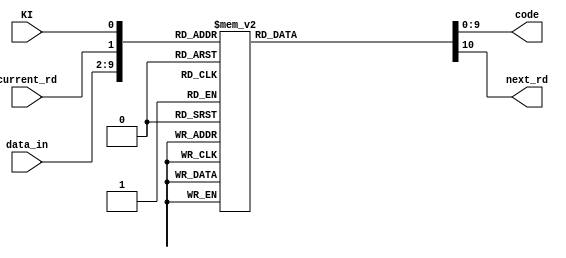

module data_rom (

	input  wire [7:0] data_in,
	input  wire       current_rd,
	input  wire       KI,
	output reg  [9:0] code,
	output reg        next_rd

);

	parameter same = 1'b0;
	parameter flip = 1'b1;

	always @(*) begin
		case ({data_in, current_rd, KI})
			10'b000_00000_0_0: begin code = 10'b100111_0100; next_rd = same; end
			10'b000_00000_1_0: begin code = 10'b011000_1011; next_rd = same; end
			10'b001_00000_0_0: begin code = 10'b100111_1001; next_rd = flip; end
			10'b001_00000_1_0: begin code = 10'b011000_1001; next_rd = flip; end
			10'b010_00000_0_0: begin code = 10'b100111_0101; next_rd = flip; end
			10'b010_00000_1_0: begin code = 10'b011000_0101; next_rd = flip; end
			10'b011_00000_0_0: begin code = 10'b100111_0011; next_rd = flip; end
			10'b011_00000_1_0: begin code = 10'b011000_1100; next_rd = flip; end
			10'b100_00000_0_0: begin code = 10'b100111_0010; next_rd = same; end
			10'b100_00000_1_0: begin code = 10'b011000_1101; next_rd = same; end
			10'b101_00000_0_0: begin code = 10'b100111_1010; next_rd = flip; end
			10'b101_00000_1_0: begin code = 10'b011000_1010; next_rd = flip; end
			10'b110_00000_0_0: begin code = 10'b100111_0110; next_rd = flip; end
			10'b110_00000_1_0: begin code = 10'b011000_0110; next_rd = flip; end
			10'b111_00000_0_0: begin code = 10'b100111_0001; next_rd = same; end
			10'b111_00000_1_0: begin code = 10'b011000_1110; next_rd = same; end
			10'b000_00001_0_0: begin code = 10'b011101_0100; next_rd = same; end
			10'b000_00001_1_0: begin code = 10'b100010_1011; next_rd = same; end
			10'b001_00001_0_0: begin code = 10'b011101_1001; next_rd = flip; end
			10'b001_00001_1_0: begin code = 10'b100010_1001; next_rd = flip; end
			10'b010_00001_0_0: begin code = 10'b011101_0101; next_rd = flip; end
			10'b010_00001_1_0: begin code = 10'b100010_0101; next_rd = flip; end
			10'b011_00001_0_0: begin code = 10'b011101_0011; next_rd = flip; end
			10'b011_00001_1_0: begin code = 10'b100010_1100; next_rd = flip; end
			10'b100_00001_0_0: begin code = 10'b011101_0010; next_rd = same; end
			10'b100_00001_1_0: begin code = 10'b100010_1101; next_rd = same; end
			10'b101_00001_0_0: begin code = 10'b011101_1010; next_rd = flip; end
			10'b101_00001_1_0: begin code = 10'b100010_1010; next_rd = flip; end
			10'b110_00001_0_0: begin code = 10'b011101_0110; next_rd = flip; end
			10'b110_00001_1_0: begin code = 10'b100010_0110; next_rd = flip; end
			10'b111_00001_0_0: begin code = 10'b011101_0001; next_rd = same; end
			10'b111_00001_1_0: begin code = 10'b100010_1110; next_rd = same; end
			10'b000_00010_0_0: begin code = 10'b101101_0100; next_rd = same; end
			10'b000_00010_1_0: begin code = 10'b010010_1011; next_rd = same; end
			10'b001_00010_0_0: begin code = 10'b101101_1001; next_rd = flip; end
			10'b001_00010_1_0: begin code = 10'b010010_1001; next_rd = flip; end
			10'b010_00010_0_0: begin code = 10'b101101_0101; next_rd = flip; end
			10'b010_00010_1_0: begin code = 10'b010010_0101; next_rd = flip; end
			10'b011_00010_0_0: begin code = 10'b101101_0011; next_rd = flip; end
			10'b011_00010_1_0: begin code = 10'b010010_1100; next_rd = flip; end
			10'b100_00010_0_0: begin code = 10'b101101_0010; next_rd = same; end
			10'b100_00010_1_0: begin code = 10'b010010_1101; next_rd = same; end
			10'b101_00010_0_0: begin code = 10'b101101_1010; next_rd = flip; end
			10'b101_00010_1_0: begin code = 10'b010010_1010; next_rd = flip; end
			10'b110_00010_0_0: begin code = 10'b101101_0110; next_rd = flip; end
			10'b110_00010_1_0: begin code = 10'b010010_0110; next_rd = flip; end
			10'b111_00010_0_0: begin code = 10'b101101_0001; next_rd = same; end
			10'b111_00010_1_0: begin code = 10'b010010_1110; next_rd = same; end
			10'b000_00011_0_0: begin code = 10'b110001_1011; next_rd = flip; end
			10'b000_00011_1_0: begin code = 10'b110001_0100; next_rd = flip; end
			10'b001_00011_0_0: begin code = 10'b110001_1001; next_rd = same; end
			10'b001_00011_1_0: begin code = 10'b110001_1001; next_rd = same; end
			10'b010_00011_0_0: begin code = 10'b110001_0101; next_rd = same; end
			10'b010_00011_1_0: begin code = 10'b110001_0101; next_rd = same; end
			10'b011_00011_0_0: begin code = 10'b110001_1100; next_rd = same; end
			10'b011_00011_1_0: begin code = 10'b110001_0011; next_rd = same; end
			10'b100_00011_0_0: begin code = 10'b110001_1101; next_rd = flip; end
			10'b100_00011_1_0: begin code = 10'b110001_0010; next_rd = flip; end
			10'b101_00011_0_0: begin code = 10'b110001_1010; next_rd = same; end
			10'b101_00011_1_0: begin code = 10'b110001_1010; next_rd = same; end
			10'b110_00011_0_0: begin code = 10'b110001_0110; next_rd = same; end
			10'b110_00011_1_0: begin code = 10'b110001_0110; next_rd = same; end
			10'b111_00011_0_0: begin code = 10'b110001_1110; next_rd = flip; end
			10'b111_00011_1_0: begin code = 10'b110001_0001; next_rd = flip; end
			10'b000_00100_0_0: begin code = 10'b110101_0100; next_rd = same; end
			10'b000_00100_1_0: begin code = 10'b001010_1011; next_rd = same; end
			10'b001_00100_0_0: begin code = 10'b110101_1001; next_rd = flip; end
			10'b001_00100_1_0: begin code = 10'b001010_1001; next_rd = flip; end
			10'b010_00100_0_0: begin code = 10'b110101_0101; next_rd = flip; end
			10'b010_00100_1_0: begin code = 10'b001010_0101; next_rd = flip; end
			10'b011_00100_0_0: begin code = 10'b110101_0011; next_rd = flip; end
			10'b011_00100_1_0: begin code = 10'b001010_1100; next_rd = flip; end
			10'b100_00100_0_0: begin code = 10'b110101_0010; next_rd = same; end
			10'b100_00100_1_0: begin code = 10'b001010_1101; next_rd = same; end
			10'b101_00100_0_0: begin code = 10'b110101_1010; next_rd = flip; end
			10'b101_00100_1_0: begin code = 10'b001010_1010; next_rd = flip; end
			10'b110_00100_0_0: begin code = 10'b110101_0110; next_rd = flip; end
			10'b110_00100_1_0: begin code = 10'b001010_0110; next_rd = flip; end
			10'b111_00100_0_0: begin code = 10'b110101_0001; next_rd = same; end
			10'b111_00100_1_0: begin code = 10'b001010_1110; next_rd = same; end
			10'b000_00101_0_0: begin code = 10'b101001_1011; next_rd = flip; end
			10'b000_00101_1_0: begin code = 10'b101001_0100; next_rd = flip; end
			10'b001_00101_0_0: begin code = 10'b101001_1001; next_rd = same; end
			10'b001_00101_1_0: begin code = 10'b101001_1001; next_rd = same; end
			10'b010_00101_0_0: begin code = 10'b101001_0101; next_rd = same; end
			10'b010_00101_1_0: begin code = 10'b101001_0101; next_rd = same; end
			10'b011_00101_0_0: begin code = 10'b101001_1100; next_rd = same; end
			10'b011_00101_1_0: begin code = 10'b101001_0011; next_rd = same; end
			10'b100_00101_0_0: begin code = 10'b101001_1101; next_rd = flip; end
			10'b100_00101_1_0: begin code = 10'b101001_0010; next_rd = flip; end
			10'b101_00101_0_0: begin code = 10'b101001_1010; next_rd = same; end
			10'b101_00101_1_0: begin code = 10'b101001_1010; next_rd = same; end
			10'b110_00101_0_0: begin code = 10'b101001_0110; next_rd = same; end
			10'b110_00101_1_0: begin code = 10'b101001_0110; next_rd = same; end
			10'b111_00101_0_0: begin code = 10'b101001_1110; next_rd = flip; end
			10'b111_00101_1_0: begin code = 10'b101001_0001; next_rd = flip; end
			10'b000_00110_0_0: begin code = 10'b011001_1011; next_rd = flip; end
			10'b000_00110_1_0: begin code = 10'b011001_0100; next_rd = flip; end
			10'b001_00110_0_0: begin code = 10'b011001_1001; next_rd = same; end
			10'b001_00110_1_0: begin code = 10'b011001_1001; next_rd = same; end
			10'b010_00110_0_0: begin code = 10'b011001_0101; next_rd = same; end
			10'b010_00110_1_0: begin code = 10'b011001_0101; next_rd = same; end
			10'b011_00110_0_0: begin code = 10'b011001_1100; next_rd = same; end
			10'b011_00110_1_0: begin code = 10'b011001_0011; next_rd = same; end
			10'b100_00110_0_0: begin code = 10'b011001_1101; next_rd = flip; end
			10'b100_00110_1_0: begin code = 10'b011001_0010; next_rd = flip; end
			10'b101_00110_0_0: begin code = 10'b011001_1010; next_rd = same; end
			10'b101_00110_1_0: begin code = 10'b011001_1010; next_rd = same; end
			10'b110_00110_0_0: begin code = 10'b011001_0110; next_rd = same; end
			10'b110_00110_1_0: begin code = 10'b011001_0110; next_rd = same; end
			10'b111_00110_0_0: begin code = 10'b011001_1110; next_rd = flip; end
			10'b111_00110_1_0: begin code = 10'b011001_0001; next_rd = flip; end
			10'b000_00111_0_0: begin code = 10'b111000_1011; next_rd = flip; end
			10'b000_00111_1_0: begin code = 10'b000111_0100; next_rd = flip; end
			10'b001_00111_0_0: begin code = 10'b111000_1001; next_rd = same; end
			10'b001_00111_1_0: begin code = 10'b000111_1001; next_rd = same; end
			10'b010_00111_0_0: begin code = 10'b111000_0101; next_rd = same; end
			10'b010_00111_1_0: begin code = 10'b000111_0101; next_rd = same; end
			10'b011_00111_0_0: begin code = 10'b111000_1100; next_rd = same; end
			10'b011_00111_1_0: begin code = 10'b000111_0011; next_rd = same; end
			10'b100_00111_0_0: begin code = 10'b111000_1101; next_rd = flip; end
			10'b100_00111_1_0: begin code = 10'b000111_0010; next_rd = flip; end
			10'b101_00111_0_0: begin code = 10'b111000_1010; next_rd = same; end
			10'b101_00111_1_0: begin code = 10'b000111_1010; next_rd = same; end
			10'b110_00111_0_0: begin code = 10'b111000_0110; next_rd = same; end
			10'b110_00111_1_0: begin code = 10'b000111_0110; next_rd = same; end
			10'b111_00111_0_0: begin code = 10'b111000_1110; next_rd = flip; end
			10'b111_00111_1_0: begin code = 10'b000111_0001; next_rd = flip; end
			10'b000_01000_0_0: begin code = 10'b111001_0100; next_rd = same; end
			10'b000_01000_1_0: begin code = 10'b000110_1011; next_rd = same; end
			10'b001_01000_0_0: begin code = 10'b111001_1001; next_rd = flip; end
			10'b001_01000_1_0: begin code = 10'b000110_1001; next_rd = flip; end
			10'b010_01000_0_0: begin code = 10'b111001_0101; next_rd = flip; end
			10'b010_01000_1_0: begin code = 10'b000110_0101; next_rd = flip; end
			10'b011_01000_0_0: begin code = 10'b111001_0011; next_rd = flip; end
			10'b011_01000_1_0: begin code = 10'b000110_1100; next_rd = flip; end
			10'b100_01000_0_0: begin code = 10'b111001_0010; next_rd = same; end
			10'b100_01000_1_0: begin code = 10'b000110_1101; next_rd = same; end
			10'b101_01000_0_0: begin code = 10'b111001_1010; next_rd = flip; end
			10'b101_01000_1_0: begin code = 10'b000110_1010; next_rd = flip; end
			10'b110_01000_0_0: begin code = 10'b111001_0110; next_rd = flip; end
			10'b110_01000_1_0: begin code = 10'b000110_0110; next_rd = flip; end
			10'b111_01000_0_0: begin code = 10'b111001_0001; next_rd = same; end
			10'b111_01000_1_0: begin code = 10'b000110_1110; next_rd = same; end
			10'b000_01001_0_0: begin code = 10'b100101_1011; next_rd = flip; end
			10'b000_01001_1_0: begin code = 10'b100101_0100; next_rd = flip; end
			10'b001_01001_0_0: begin code = 10'b100101_1001; next_rd = same; end
			10'b001_01001_1_0: begin code = 10'b100101_1001; next_rd = same; end
			10'b010_01001_0_0: begin code = 10'b100101_0101; next_rd = same; end
			10'b010_01001_1_0: begin code = 10'b100101_0101; next_rd = same; end
			10'b011_01001_0_0: begin code = 10'b100101_1100; next_rd = same; end
			10'b011_01001_1_0: begin code = 10'b100101_0011; next_rd = same; end
			10'b100_01001_0_0: begin code = 10'b100101_1101; next_rd = flip; end
			10'b100_01001_1_0: begin code = 10'b100101_0010; next_rd = flip; end
			10'b101_01001_0_0: begin code = 10'b100101_1010; next_rd = same; end
			10'b101_01001_1_0: begin code = 10'b100101_1010; next_rd = same; end
			10'b110_01001_0_0: begin code = 10'b100101_0110; next_rd = same; end
			10'b110_01001_1_0: begin code = 10'b100101_0110; next_rd = same; end
			10'b111_01001_0_0: begin code = 10'b100101_1110; next_rd = flip; end
			10'b111_01001_1_0: begin code = 10'b100101_0001; next_rd = flip; end
			10'b000_01010_0_0: begin code = 10'b010101_1011; next_rd = flip; end
			10'b000_01010_1_0: begin code = 10'b010101_0100; next_rd = flip; end
			10'b001_01010_0_0: begin code = 10'b010101_1001; next_rd = same; end
			10'b001_01010_1_0: begin code = 10'b010101_1001; next_rd = same; end
			10'b010_01010_0_0: begin code = 10'b010101_0101; next_rd = same; end
			10'b010_01010_1_0: begin code = 10'b010101_0101; next_rd = same; end
			10'b011_01010_0_0: begin code = 10'b010101_1100; next_rd = same; end
			10'b011_01010_1_0: begin code = 10'b010101_0011; next_rd = same; end
			10'b100_01010_0_0: begin code = 10'b010101_1101; next_rd = flip; end
			10'b100_01010_1_0: begin code = 10'b010101_0010; next_rd = flip; end
			10'b101_01010_0_0: begin code = 10'b010101_1010; next_rd = same; end
			10'b101_01010_1_0: begin code = 10'b010101_1010; next_rd = same; end
			10'b110_01010_0_0: begin code = 10'b010101_0110; next_rd = same; end
			10'b110_01010_1_0: begin code = 10'b010101_0110; next_rd = same; end
			10'b111_01010_0_0: begin code = 10'b010101_1110; next_rd = flip; end
			10'b111_01010_1_0: begin code = 10'b010101_0001; next_rd = flip; end
			10'b000_01011_0_0: begin code = 10'b110100_1011; next_rd = flip; end
			10'b000_01011_1_0: begin code = 10'b110100_0100; next_rd = flip; end
			10'b001_01011_0_0: begin code = 10'b110100_1001; next_rd = same; end
			10'b001_01011_1_0: begin code = 10'b110100_1001; next_rd = same; end
			10'b010_01011_0_0: begin code = 10'b110100_0101; next_rd = same; end
			10'b010_01011_1_0: begin code = 10'b110100_0101; next_rd = same; end
			10'b011_01011_0_0: begin code = 10'b110100_1100; next_rd = same; end
			10'b011_01011_1_0: begin code = 10'b110100_0011; next_rd = same; end
			10'b100_01011_0_0: begin code = 10'b110100_1101; next_rd = flip; end
			10'b100_01011_1_0: begin code = 10'b110100_0010; next_rd = flip; end
			10'b101_01011_0_0: begin code = 10'b110100_1010; next_rd = same; end
			10'b101_01011_1_0: begin code = 10'b110100_1010; next_rd = same; end
			10'b110_01011_0_0: begin code = 10'b110100_0110; next_rd = same; end
			10'b110_01011_1_0: begin code = 10'b110100_0110; next_rd = same; end
			10'b111_01011_0_0: begin code = 10'b110100_1110; next_rd = flip; end
			10'b111_01011_1_0: begin code = 10'b110100_1000; next_rd = flip; end
			10'b000_10000_0_0: begin code = 10'b011011_0100; next_rd = same; end
			10'b000_10000_1_0: begin code = 10'b100100_1011; next_rd = same; end
			10'b001_10000_0_0: begin code = 10'b011011_1001; next_rd = flip; end
			10'b001_10000_1_0: begin code = 10'b100100_1001; next_rd = flip; end
			10'b010_10000_0_0: begin code = 10'b011011_0101; next_rd = flip; end
			10'b010_10000_1_0: begin code = 10'b100100_0101; next_rd = flip; end
			10'b011_10000_0_0: begin code = 10'b011011_0011; next_rd = flip; end
			10'b011_10000_1_0: begin code = 10'b100100_1100; next_rd = flip; end
			10'b100_10000_0_0: begin code = 10'b011011_0010; next_rd = same; end
			10'b100_10000_1_0: begin code = 10'b100100_1101; next_rd = same; end
			10'b101_10000_0_0: begin code = 10'b011011_1010; next_rd = flip; end
			10'b101_10000_1_0: begin code = 10'b100100_1010; next_rd = flip; end
			10'b110_10000_0_0: begin code = 10'b011011_0110; next_rd = flip; end
			10'b110_10000_1_0: begin code = 10'b100100_0110; next_rd = flip; end
			10'b111_10000_0_0: begin code = 10'b011011_0001; next_rd = same; end
			10'b111_10000_1_0: begin code = 10'b100100_1110; next_rd = same; end
			10'b000_10001_0_0: begin code = 10'b100011_1011; next_rd = flip; end
			10'b000_10001_1_0: begin code = 10'b100011_0100; next_rd = flip; end
			10'b001_10001_0_0: begin code = 10'b100011_1001; next_rd = same; end
			10'b001_10001_1_0: begin code = 10'b100011_1001; next_rd = same; end
			10'b010_10001_0_0: begin code = 10'b100011_0101; next_rd = same; end
			10'b010_10001_1_0: begin code = 10'b100011_0101; next_rd = same; end
			10'b011_10001_0_0: begin code = 10'b100011_1100; next_rd = same; end
			10'b011_10001_1_0: begin code = 10'b100011_0011; next_rd = same; end
			10'b100_10001_0_0: begin code = 10'b100011_1101; next_rd = flip; end
			10'b100_10001_1_0: begin code = 10'b100011_0010; next_rd = flip; end
			10'b101_10001_0_0: begin code = 10'b100011_1010; next_rd = same; end
			10'b101_10001_1_0: begin code = 10'b100011_1010; next_rd = same; end
			10'b110_10001_0_0: begin code = 10'b100011_0110; next_rd = same; end
			10'b110_10001_1_0: begin code = 10'b100011_0110; next_rd = same; end
			10'b111_10001_0_0: begin code = 10'b100011_0111; next_rd = flip; end
			10'b111_10001_1_0: begin code = 10'b100011_0001; next_rd = flip; end
			10'b000_10010_0_0: begin code = 10'b010011_1011; next_rd = flip; end
			10'b000_10010_1_0: begin code = 10'b010011_0100; next_rd = flip; end
			10'b001_10010_0_0: begin code = 10'b010011_1001; next_rd = same; end
			10'b001_10010_1_0: begin code = 10'b010011_1001; next_rd = same; end
			10'b010_10010_0_0: begin code = 10'b010011_0101; next_rd = same; end
			10'b010_10010_1_0: begin code = 10'b010011_0101; next_rd = same; end
			10'b011_10010_0_0: begin code = 10'b010011_1100; next_rd = same; end
			10'b011_10010_1_0: begin code = 10'b010011_0011; next_rd = same; end
			10'b100_10010_0_0: begin code = 10'b010011_1101; next_rd = flip; end
			10'b100_10010_1_0: begin code = 10'b010011_0010; next_rd = flip; end
			10'b101_10010_0_0: begin code = 10'b010011_1010; next_rd = same; end
			10'b101_10010_1_0: begin code = 10'b010011_1010; next_rd = same; end
			10'b110_10010_0_0: begin code = 10'b010011_0110; next_rd = same; end
			10'b110_10010_1_0: begin code = 10'b010011_0110; next_rd = same; end
			10'b111_10010_0_0: begin code = 10'b010011_0111; next_rd = flip; end
			10'b111_10010_1_0: begin code = 10'b010011_0001; next_rd = flip; end
			10'b000_10011_0_0: begin code = 10'b110010_1011; next_rd = flip; end
			10'b000_10011_1_0: begin code = 10'b110010_0100; next_rd = flip; end
			10'b001_10011_0_0: begin code = 10'b110010_1001; next_rd = same; end
			10'b001_10011_1_0: begin code = 10'b110010_1001; next_rd = same; end
			10'b010_10011_0_0: begin code = 10'b110010_0101; next_rd = same; end
			10'b010_10011_1_0: begin code = 10'b110010_0101; next_rd = same; end
			10'b011_10011_0_0: begin code = 10'b110010_1100; next_rd = same; end
			10'b011_10011_1_0: begin code = 10'b110010_0011; next_rd = same; end
			10'b100_10011_0_0: begin code = 10'b110010_1101; next_rd = flip; end
			10'b100_10011_1_0: begin code = 10'b110010_0010; next_rd = flip; end
			10'b101_10011_0_0: begin code = 10'b110010_1010; next_rd = same; end
			10'b101_10011_1_0: begin code = 10'b110010_1010; next_rd = same; end
			10'b110_10011_0_0: begin code = 10'b110010_0110; next_rd = same; end
			10'b110_10011_1_0: begin code = 10'b110010_0110; next_rd = same; end
			10'b111_10011_0_0: begin code = 10'b110010_1110; next_rd = flip; end
			10'b111_10011_1_0: begin code = 10'b110010_0001; next_rd = flip; end
			10'b000_11000_0_0: begin code = 10'b110011_0100; next_rd = same; end
			10'b000_11000_1_0: begin code = 10'b001100_1011; next_rd = same; end
			10'b001_11000_0_0: begin code = 10'b110011_1001; next_rd = flip; end
			10'b001_11000_1_0: begin code = 10'b001100_1001; next_rd = flip; end
			10'b010_11000_0_0: begin code = 10'b110011_0101; next_rd = flip; end
			10'b010_11000_1_0: begin code = 10'b001100_0101; next_rd = flip; end
			10'b011_11000_0_0: begin code = 10'b110011_0011; next_rd = flip; end
			10'b011_11000_1_0: begin code = 10'b001100_1100; next_rd = flip; end
			10'b100_11000_0_0: begin code = 10'b110011_0010; next_rd = same; end
			10'b100_11000_1_0: begin code = 10'b001100_1101; next_rd = same; end
			10'b101_11000_0_0: begin code = 10'b110011_1010; next_rd = flip; end
			10'b101_11000_1_0: begin code = 10'b001100_1010; next_rd = flip; end
			10'b110_11000_0_0: begin code = 10'b110011_0110; next_rd = flip; end
			10'b110_11000_1_0: begin code = 10'b001100_0110; next_rd = flip; end
			10'b111_11000_0_0: begin code = 10'b110011_0001; next_rd = same; end
			10'b111_11000_1_0: begin code = 10'b001100_1110; next_rd = same; end
			10'b000_11001_0_0: begin code = 10'b100110_1011; next_rd = flip; end
			10'b000_11001_1_0: begin code = 10'b100110_0100; next_rd = flip; end
			10'b001_11001_0_0: begin code = 10'b100110_1001; next_rd = same; end
			10'b001_11001_1_0: begin code = 10'b100110_1001; next_rd = same; end
			10'b010_11001_0_0: begin code = 10'b100110_0101; next_rd = same; end
			10'b010_11001_1_0: begin code = 10'b100110_0101; next_rd = same; end
			10'b011_11001_0_0: begin code = 10'b100110_1100; next_rd = same; end
			10'b011_11001_1_0: begin code = 10'b100110_0011; next_rd = same; end
			10'b100_11001_0_0: begin code = 10'b100110_1101; next_rd = flip; end
			10'b100_11001_1_0: begin code = 10'b100110_0010; next_rd = flip; end
			10'b101_11001_0_0: begin code = 10'b100110_1010; next_rd = same; end
			10'b101_11001_1_0: begin code = 10'b100110_1010; next_rd = same; end
			10'b110_11001_0_0: begin code = 10'b100110_0110; next_rd = same; end
			10'b110_11001_1_0: begin code = 10'b100110_0110; next_rd = same; end
			10'b111_11001_0_0: begin code = 10'b100110_1110; next_rd = flip; end
			10'b111_11001_1_0: begin code = 10'b100110_0001; next_rd = flip; end
			10'b000_11010_0_0: begin code = 10'b010110_1011; next_rd = flip; end
			10'b000_11010_1_0: begin code = 10'b010110_0100; next_rd = flip; end
			10'b001_11010_0_0: begin code = 10'b010110_1001; next_rd = same; end
			10'b001_11010_1_0: begin code = 10'b010110_1001; next_rd = same; end
			10'b010_11010_0_0: begin code = 10'b010110_0101; next_rd = same; end
			10'b010_11010_1_0: begin code = 10'b010110_0101; next_rd = same; end
			10'b011_11010_0_0: begin code = 10'b010110_1100; next_rd = same; end
			10'b011_11010_1_0: begin code = 10'b010110_0011; next_rd = same; end
			10'b100_11010_0_0: begin code = 10'b010110_1101; next_rd = flip; end
			10'b100_11010_1_0: begin code = 10'b010110_0010; next_rd = flip; end
			10'b101_11010_0_0: begin code = 10'b010110_1010; next_rd = same; end
			10'b101_11010_1_0: begin code = 10'b010110_1010; next_rd = same; end
			10'b110_11010_0_0: begin code = 10'b010110_0110; next_rd = same; end
			10'b110_11010_1_0: begin code = 10'b010110_0110; next_rd = same; end
			10'b111_11010_0_0: begin code = 10'b010110_1110; next_rd = flip; end
			10'b111_11010_1_0: begin code = 10'b010110_0001; next_rd = flip; end
			10'b000_11011_0_0: begin code = 10'b110110_0100; next_rd = same; end
			10'b000_11011_1_0: begin code = 10'b001001_1011; next_rd = same; end
			10'b001_11011_0_0: begin code = 10'b110110_1001; next_rd = flip; end
			10'b001_11011_1_0: begin code = 10'b001001_1001; next_rd = flip; end
			10'b010_11011_0_0: begin code = 10'b110110_0101; next_rd = flip; end
			10'b010_11011_1_0: begin code = 10'b001001_0101; next_rd = flip; end
			10'b011_11011_0_0: begin code = 10'b110110_0011; next_rd = flip; end
			10'b011_11011_1_0: begin code = 10'b001001_1100; next_rd = flip; end
			10'b100_11011_0_0: begin code = 10'b110110_0010; next_rd = same; end
			10'b100_11011_1_0: begin code = 10'b001001_1101; next_rd = same; end
			10'b101_11011_0_0: begin code = 10'b110110_1010; next_rd = flip; end
			10'b101_11011_1_0: begin code = 10'b001001_1010; next_rd = flip; end
			10'b110_11011_0_0: begin code = 10'b110110_0110; next_rd = flip; end
			10'b110_11011_1_0: begin code = 10'b001001_0110; next_rd = flip; end
			10'b111_11011_0_0: begin code = 10'b110110_0001; next_rd = same; end
			10'b111_11011_1_0: begin code = 10'b001001_1110; next_rd = same; end
			10'b000_01100_0_0: begin code = 10'b001101_1011; next_rd = flip; end
			10'b000_01100_1_0: begin code = 10'b001101_0100; next_rd = flip; end
			10'b001_01100_0_0: begin code = 10'b001101_1001; next_rd = same; end
			10'b001_01100_1_0: begin code = 10'b001101_1001; next_rd = same; end
			10'b010_01100_0_0: begin code = 10'b001101_0101; next_rd = same; end
			10'b010_01100_1_0: begin code = 10'b001101_0101; next_rd = same; end
			10'b011_01100_0_0: begin code = 10'b001101_1100; next_rd = same; end
			10'b011_01100_1_0: begin code = 10'b001101_0011; next_rd = same; end
			10'b100_01100_0_0: begin code = 10'b001101_1101; next_rd = flip; end
			10'b100_01100_1_0: begin code = 10'b001101_0010; next_rd = flip; end
			10'b101_01100_0_0: begin code = 10'b001101_1010; next_rd = same; end
			10'b101_01100_1_0: begin code = 10'b001101_1010; next_rd = same; end
			10'b110_01100_0_0: begin code = 10'b001101_0110; next_rd = same; end
			10'b110_01100_1_0: begin code = 10'b001101_0110; next_rd = same; end
			10'b111_01100_0_0: begin code = 10'b001101_1110; next_rd = flip; end
			10'b111_01100_1_0: begin code = 10'b001101_0001; next_rd = flip; end
			10'b000_01101_0_0: begin code = 10'b101100_1011; next_rd = flip; end
			10'b000_01101_1_0: begin code = 10'b101100_0100; next_rd = flip; end
			10'b001_01101_0_0: begin code = 10'b101100_1001; next_rd = same; end
			10'b001_01101_1_0: begin code = 10'b101100_1001; next_rd = same; end
			10'b010_01101_0_0: begin code = 10'b101100_0101; next_rd = same; end
			10'b010_01101_1_0: begin code = 10'b101100_0101; next_rd = same; end
			10'b011_01101_0_0: begin code = 10'b101100_1100; next_rd = same; end
			10'b011_01101_1_0: begin code = 10'b101100_0011; next_rd = same; end
			10'b100_01101_0_0: begin code = 10'b101100_1101; next_rd = flip; end
			10'b100_01101_1_0: begin code = 10'b101100_0010; next_rd = flip; end
			10'b101_01101_0_0: begin code = 10'b101100_1010; next_rd = same; end
			10'b101_01101_1_0: begin code = 10'b101100_1010; next_rd = same; end
			10'b110_01101_0_0: begin code = 10'b101100_0110; next_rd = same; end
			10'b110_01101_1_0: begin code = 10'b101100_0110; next_rd = same; end
			10'b111_01101_0_0: begin code = 10'b101100_1110; next_rd = flip; end
			10'b111_01101_1_0: begin code = 10'b101100_1000; next_rd = flip; end
			10'b000_01110_0_0: begin code = 10'b011100_1011; next_rd = flip; end
			10'b000_01110_1_0: begin code = 10'b011100_0100; next_rd = flip; end
			10'b001_01110_0_0: begin code = 10'b011100_1001; next_rd = same; end
			10'b001_01110_1_0: begin code = 10'b011100_1001; next_rd = same; end
			10'b010_01110_0_0: begin code = 10'b011100_0101; next_rd = same; end
			10'b010_01110_1_0: begin code = 10'b011100_0101; next_rd = same; end
			10'b011_01110_0_0: begin code = 10'b011100_1100; next_rd = same; end
			10'b011_01110_1_0: begin code = 10'b011100_0011; next_rd = same; end
			10'b100_01110_0_0: begin code = 10'b011100_1101; next_rd = flip; end
			10'b100_01110_1_0: begin code = 10'b011100_0010; next_rd = flip; end
			10'b101_01110_0_0: begin code = 10'b011100_1010; next_rd = same; end
			10'b101_01110_1_0: begin code = 10'b011100_1010; next_rd = same; end
			10'b110_01110_0_0: begin code = 10'b011100_0110; next_rd = same; end
			10'b110_01110_1_0: begin code = 10'b011100_0110; next_rd = same; end
			10'b111_01110_0_0: begin code = 10'b011100_1110; next_rd = flip; end
			10'b111_01110_1_0: begin code = 10'b011100_1000; next_rd = flip; end
			10'b000_01111_0_0: begin code = 10'b010111_0100; next_rd = same; end
			10'b000_01111_1_0: begin code = 10'b101000_1011; next_rd = same; end
			10'b001_01111_0_0: begin code = 10'b010111_1001; next_rd = flip; end
			10'b001_01111_1_0: begin code = 10'b101000_1001; next_rd = flip; end
			10'b010_01111_0_0: begin code = 10'b010111_0101; next_rd = flip; end
			10'b010_01111_1_0: begin code = 10'b101000_0101; next_rd = flip; end
			10'b011_01111_0_0: begin code = 10'b010111_0011; next_rd = flip; end
			10'b011_01111_1_0: begin code = 10'b101000_1100; next_rd = flip; end
			10'b100_01111_0_0: begin code = 10'b010111_0010; next_rd = same; end
			10'b100_01111_1_0: begin code = 10'b101000_1101; next_rd = same; end
			10'b101_01111_0_0: begin code = 10'b010111_1010; next_rd = flip; end
			10'b101_01111_1_0: begin code = 10'b101000_1010; next_rd = flip; end
			10'b110_01111_0_0: begin code = 10'b010111_0110; next_rd = flip; end
			10'b110_01111_1_0: begin code = 10'b101000_0110; next_rd = flip; end
			10'b111_01111_0_0: begin code = 10'b010111_0001; next_rd = same; end
			10'b111_01111_1_0: begin code = 10'b101000_1110; next_rd = same; end
			10'b000_10100_0_0: begin code = 10'b001011_1011; next_rd = flip; end
			10'b000_10100_1_0: begin code = 10'b001011_0100; next_rd = flip; end
			10'b001_10100_0_0: begin code = 10'b001011_1001; next_rd = same; end
			10'b001_10100_1_0: begin code = 10'b001011_1001; next_rd = same; end
			10'b010_10100_0_0: begin code = 10'b001011_0101; next_rd = same; end
			10'b010_10100_1_0: begin code = 10'b001011_0101; next_rd = same; end
			10'b011_10100_0_0: begin code = 10'b001011_1100; next_rd = same; end
			10'b011_10100_1_0: begin code = 10'b001011_0011; next_rd = same; end
			10'b100_10100_0_0: begin code = 10'b001011_1101; next_rd = flip; end
			10'b100_10100_1_0: begin code = 10'b001011_0010; next_rd = flip; end
			10'b101_10100_0_0: begin code = 10'b001011_1010; next_rd = same; end
			10'b101_10100_1_0: begin code = 10'b001011_1010; next_rd = same; end
			10'b110_10100_0_0: begin code = 10'b001011_0110; next_rd = same; end
			10'b110_10100_1_0: begin code = 10'b001011_0110; next_rd = same; end
			10'b111_10100_0_0: begin code = 10'b001011_0111; next_rd = flip; end
			10'b111_10100_1_0: begin code = 10'b001011_0001; next_rd = flip; end
			10'b000_10101_0_0: begin code = 10'b101010_1011; next_rd = flip; end
			10'b000_10101_1_0: begin code = 10'b101010_0100; next_rd = flip; end
			10'b001_10101_0_0: begin code = 10'b101010_1001; next_rd = same; end
			10'b001_10101_1_0: begin code = 10'b101010_1001; next_rd = same; end
			10'b010_10101_0_0: begin code = 10'b101010_0101; next_rd = same; end
			10'b010_10101_1_0: begin code = 10'b101010_0101; next_rd = same; end
			10'b011_10101_0_0: begin code = 10'b101010_1100; next_rd = same; end
			10'b011_10101_1_0: begin code = 10'b101010_0011; next_rd = same; end
			10'b100_10101_0_0: begin code = 10'b101010_1101; next_rd = flip; end
			10'b100_10101_1_0: begin code = 10'b101010_0010; next_rd = flip; end
			10'b101_10101_0_0: begin code = 10'b101010_1010; next_rd = same; end
			10'b101_10101_1_0: begin code = 10'b101010_1010; next_rd = same; end
			10'b110_10101_0_0: begin code = 10'b101010_0110; next_rd = same; end
			10'b110_10101_1_0: begin code = 10'b101010_0110; next_rd = same; end
			10'b111_10101_0_0: begin code = 10'b101010_1110; next_rd = flip; end
			10'b111_10101_1_0: begin code = 10'b101010_0001; next_rd = flip; end
			10'b000_10110_0_0: begin code = 10'b011010_1011; next_rd = flip; end
			10'b000_10110_1_0: begin code = 10'b011010_0100; next_rd = flip; end
			10'b001_10110_0_0: begin code = 10'b011010_1001; next_rd = same; end
			10'b001_10110_1_0: begin code = 10'b011010_1001; next_rd = same; end
			10'b010_10110_0_0: begin code = 10'b011010_0101; next_rd = same; end
			10'b010_10110_1_0: begin code = 10'b011010_0101; next_rd = same; end
			10'b011_10110_0_0: begin code = 10'b011010_1100; next_rd = same; end
			10'b011_10110_1_0: begin code = 10'b011010_0011; next_rd = same; end
			10'b100_10110_0_0: begin code = 10'b011010_1101; next_rd = flip; end
			10'b100_10110_1_0: begin code = 10'b011010_0010; next_rd = flip; end
			10'b101_10110_0_0: begin code = 10'b011010_1010; next_rd = same; end
			10'b101_10110_1_0: begin code = 10'b011010_1010; next_rd = same; end
			10'b110_10110_0_0: begin code = 10'b011010_0110; next_rd = same; end
			10'b110_10110_1_0: begin code = 10'b011010_0110; next_rd = same; end
			10'b111_10110_0_0: begin code = 10'b011010_1110; next_rd = flip; end
			10'b111_10110_1_0: begin code = 10'b011010_0001; next_rd = flip; end
			10'b000_10111_0_0: begin code = 10'b111010_0100; next_rd = same; end
			10'b000_10111_1_0: begin code = 10'b000101_1011; next_rd = same; end
			10'b001_10111_0_0: begin code = 10'b111010_1001; next_rd = flip; end
			10'b001_10111_1_0: begin code = 10'b000101_1001; next_rd = flip; end
			10'b010_10111_0_0: begin code = 10'b111010_0101; next_rd = flip; end
			10'b010_10111_1_0: begin code = 10'b000101_0101; next_rd = flip; end
			10'b011_10111_0_0: begin code = 10'b111010_0011; next_rd = flip; end
			10'b011_10111_1_0: begin code = 10'b000101_1100; next_rd = flip; end
			10'b100_10111_0_0: begin code = 10'b111010_0010; next_rd = same; end
			10'b100_10111_1_0: begin code = 10'b000101_1101; next_rd = same; end
			10'b101_10111_0_0: begin code = 10'b111010_1010; next_rd = flip; end
			10'b101_10111_1_0: begin code = 10'b000101_1010; next_rd = flip; end
			10'b110_10111_0_0: begin code = 10'b111010_0110; next_rd = flip; end
			10'b110_10111_1_0: begin code = 10'b000101_0110; next_rd = flip; end
			10'b111_10111_0_0: begin code = 10'b111010_0001; next_rd = same; end
			10'b111_10111_1_0: begin code = 10'b000101_1110; next_rd = same; end
			10'b000_11100_0_0: begin code = 10'b001110_1011; next_rd = flip; end
			10'b000_11100_1_0: begin code = 10'b001110_0100; next_rd = flip; end
			10'b001_11100_0_0: begin code = 10'b001110_1001; next_rd = same; end
			10'b001_11100_1_0: begin code = 10'b001110_1001; next_rd = same; end
			10'b010_11100_0_0: begin code = 10'b001110_0101; next_rd = same; end
			10'b010_11100_1_0: begin code = 10'b001110_0101; next_rd = same; end
			10'b011_11100_0_0: begin code = 10'b001110_1100; next_rd = same; end
			10'b011_11100_1_0: begin code = 10'b001110_0011; next_rd = same; end
			10'b100_11100_0_0: begin code = 10'b001110_1101; next_rd = flip; end
			10'b100_11100_1_0: begin code = 10'b001110_0010; next_rd = flip; end
			10'b101_11100_0_0: begin code = 10'b001110_1010; next_rd = same; end
			10'b101_11100_1_0: begin code = 10'b001110_1010; next_rd = same; end
			10'b110_11100_0_0: begin code = 10'b001110_0110; next_rd = same; end
			10'b110_11100_1_0: begin code = 10'b001110_0110; next_rd = same; end
			10'b111_11100_0_0: begin code = 10'b001110_1110; next_rd = flip; end
			10'b111_11100_1_0: begin code = 10'b001110_0001; next_rd = flip; end
			10'b000_11101_0_0: begin code = 10'b101110_0100; next_rd = same; end
			10'b000_11101_1_0: begin code = 10'b010001_1011; next_rd = same; end
			10'b001_11101_0_0: begin code = 10'b101110_1001; next_rd = flip; end
			10'b001_11101_1_0: begin code = 10'b010001_1001; next_rd = flip; end
			10'b010_11101_0_0: begin code = 10'b101110_0101; next_rd = flip; end
			10'b010_11101_1_0: begin code = 10'b010001_0101; next_rd = flip; end
			10'b011_11101_0_0: begin code = 10'b101110_0011; next_rd = flip; end
			10'b011_11101_1_0: begin code = 10'b010001_1100; next_rd = flip; end
			10'b100_11101_0_0: begin code = 10'b101110_0010; next_rd = same; end
			10'b100_11101_1_0: begin code = 10'b010001_1101; next_rd = same; end
			10'b101_11101_0_0: begin code = 10'b101110_1010; next_rd = flip; end
			10'b101_11101_1_0: begin code = 10'b010001_1010; next_rd = flip; end
			10'b110_11101_0_0: begin code = 10'b101110_0110; next_rd = flip; end
			10'b110_11101_1_0: begin code = 10'b010001_0110; next_rd = flip; end
			10'b111_11101_0_0: begin code = 10'b101110_0001; next_rd = same; end
			10'b111_11101_1_0: begin code = 10'b010001_1110; next_rd = same; end
			10'b000_11110_0_0: begin code = 10'b011110_0100; next_rd = same; end
			10'b000_11110_1_0: begin code = 10'b100001_1011; next_rd = same; end
			10'b001_11110_0_0: begin code = 10'b011110_1001; next_rd = flip; end
			10'b001_11110_1_0: begin code = 10'b100001_1001; next_rd = flip; end
			10'b010_11110_0_0: begin code = 10'b011110_0101; next_rd = flip; end
			10'b010_11110_1_0: begin code = 10'b100001_0101; next_rd = flip; end
			10'b011_11110_0_0: begin code = 10'b011110_0011; next_rd = flip; end
			10'b011_11110_1_0: begin code = 10'b100001_1100; next_rd = flip; end
			10'b100_11110_0_0: begin code = 10'b011110_0010; next_rd = same; end
			10'b100_11110_1_0: begin code = 10'b100001_1101; next_rd = same; end
			10'b101_11110_0_0: begin code = 10'b011110_1010; next_rd = flip; end
			10'b101_11110_1_0: begin code = 10'b100001_1010; next_rd = flip; end
			10'b110_11110_0_0: begin code = 10'b011110_0110; next_rd = flip; end
			10'b110_11110_1_0: begin code = 10'b100001_0110; next_rd = flip; end
			10'b111_11110_0_0: begin code = 10'b011110_0001; next_rd = same; end
			10'b111_11110_1_0: begin code = 10'b100001_1110; next_rd = same; end
			10'b000_11111_0_0: begin code = 10'b101011_0100; next_rd = same; end
			10'b000_11111_1_0: begin code = 10'b010100_1011; next_rd = same; end
			10'b001_11111_0_0: begin code = 10'b101011_1001; next_rd = flip; end
			10'b001_11111_1_0: begin code = 10'b010100_1001; next_rd = flip; end
			10'b010_11111_0_0: begin code = 10'b101011_0101; next_rd = flip; end
			10'b010_11111_1_0: begin code = 10'b010100_0101; next_rd = flip; end
			10'b011_11111_0_0: begin code = 10'b101011_0011; next_rd = flip; end
			10'b011_11111_1_0: begin code = 10'b010100_1100; next_rd = flip; end
			10'b100_11111_0_0: begin code = 10'b101011_0010; next_rd = same; end
			10'b100_11111_1_0: begin code = 10'b010100_1101; next_rd = same; end
			10'b101_11111_0_0: begin code = 10'b101011_1010; next_rd = flip; end
			10'b101_11111_1_0: begin code = 10'b010100_1010; next_rd = flip; end
			10'b110_11111_0_0: begin code = 10'b101011_0110; next_rd = flip; end
			10'b110_11111_1_0: begin code = 10'b010100_0110; next_rd = flip; end
			10'b111_11111_0_0: begin code = 10'b101011_0001; next_rd = same; end
			10'b111_11111_1_0: begin code = 10'b010100_1110; next_rd = same; end
					
			10'b000_11100_0_1: begin code = 10'b001111_0100; next_rd = same; end
			10'b000_11100_1_1: begin code = 10'b110000_1011; next_rd = same; end
			10'b001_11100_0_1: begin code = 10'b001111_1001; next_rd = flip; end
			10'b001_11100_1_1: begin code = 10'b110000_0110; next_rd = flip; end
			10'b010_11100_0_1: begin code = 10'b001111_0101; next_rd = flip; end
			10'b010_11100_1_1: begin code = 10'b110000_1010; next_rd = flip; end
			10'b011_11100_0_1: begin code = 10'b001111_0011; next_rd = flip; end
			10'b011_11100_1_1: begin code = 10'b110000_1100; next_rd = flip; end
			10'b100_11100_0_1: begin code = 10'b001111_0010; next_rd = same; end
			10'b100_11100_1_1: begin code = 10'b110000_1101; next_rd = same; end
			10'b101_11100_0_1: begin code = 10'b001111_1010; next_rd = flip; end
			10'b101_11100_1_1: begin code = 10'b110000_0101; next_rd = flip; end
			10'b110_11100_0_1: begin code = 10'b001111_0110; next_rd = flip; end
			10'b110_11100_1_1: begin code = 10'b110000_1001; next_rd = flip; end
			10'b111_11100_0_1: begin code = 10'b001111_1000; next_rd = same; end
			10'b111_11100_1_1: begin code = 10'b110000_0111; next_rd = same; end
			10'b111_10111_0_1: begin code = 10'b111010_1000; next_rd = same; end
			10'b111_10111_1_1: begin code = 10'b000101_0111; next_rd = same; end
			10'b111_11011_0_1: begin code = 10'b110110_1000; next_rd = same; end
			10'b111_11011_1_1: begin code = 10'b001001_0111; next_rd = same; end
			10'b111_11101_0_1: begin code = 10'b101110_1000; next_rd = same; end
			10'b111_11101_1_1: begin code = 10'b010001_0111; next_rd = same; end
			10'b111_11110_0_1: begin code = 10'b011110_1000; next_rd = same; end
			10'b111_11110_1_1: begin code = 10'b100001_0111; next_rd = same; end		
			
			default: begin code = 10'b0; next_rd = same; end
		endcase
	end

endmodule